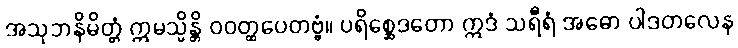
အသုဘနိမိတ္တံ ဣမသ္မိန္တိ ဝဝတ္ထပေတဗ္ဗံ။ ပရိစ္ဆေဒတော ဣဒံ သရီရံ အဓော ပါဒတလေန